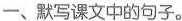
─、默写课文中的句子。